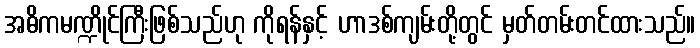
အဓိကမဏ္ဍိုင်ကြီးဖြစ်သည်ဟု ကိုရန်နှင့် ဟာဒစ်ကျမ်းတို့တွင် မှတ်တမ်းတင်ထားသည်။